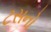
ટસનો